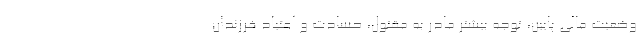
وضعیت مالی پایین، توجه بیشتر مادر به مقتول، حسادت و اعتیاد فرزندان